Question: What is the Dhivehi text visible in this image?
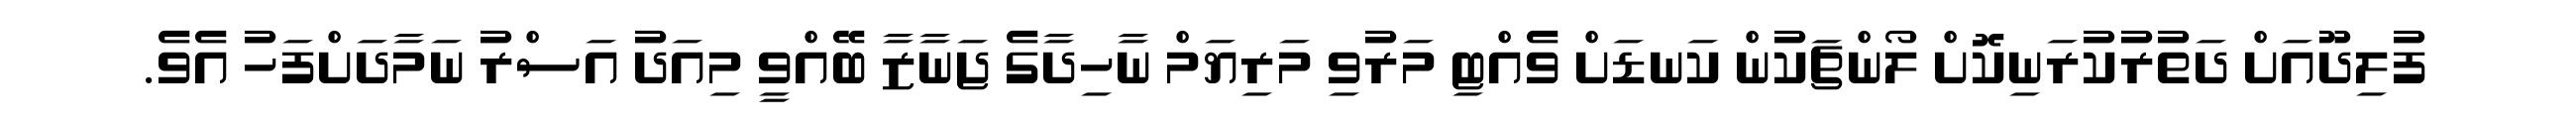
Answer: ފުލިދޫއަށް ދަތުރުކުރަނިކޮށް ލޯންޗަކުން ކަނޑަށް ވެއްޓި މަރުވި މަރިޔަމް ނާހިދާގެ ޖަނާޒާ ބޭއްވީ މިއަދު އަސްރު ނަމާދަށްފަހު އެވެ.